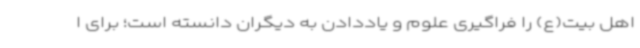
اهل بیت(ع) را فراگیری علوم و یاددادن به دیگران دانسته است؛ برای ا